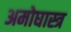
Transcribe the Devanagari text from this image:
अमोघास्त्र